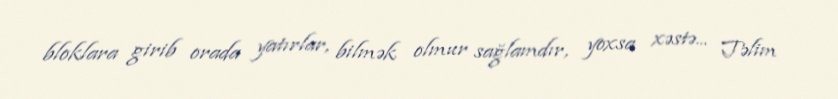
bloklara girib orada yatırlar, bilmək olmur sağlamdır, yoxsa xəstə... Təlim